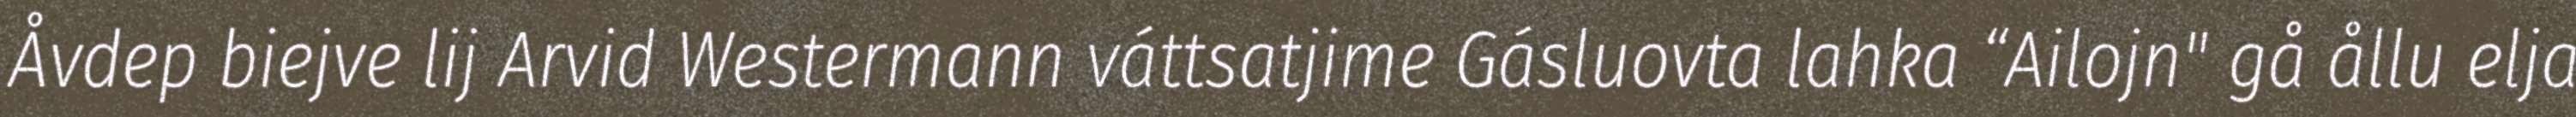
Åvdep biejve lij Arvid Westermann váttsatjime Gásluovta lahka “Ailojn" gå ållu elja